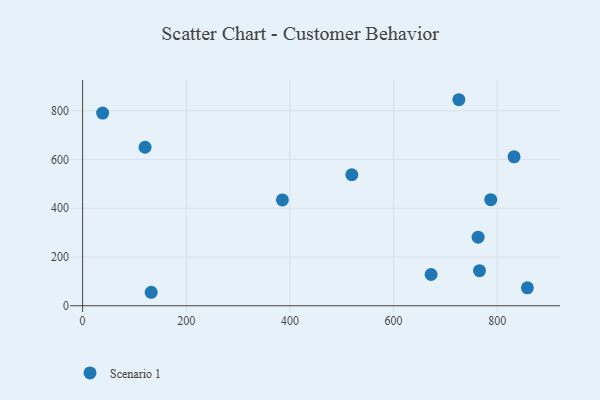
{"axis": {"x": "Ad Spend", "y": "Profit"}, "legend": ["Scenario 1"], "data": [{"x": "858.3", "y": 73.4, "type": "Scenario 1"}, {"x": "832.6", "y": 611.3, "type": "Scenario 1"}, {"x": "385.5", "y": 434.3, "type": "Scenario 1"}, {"x": "519.5", "y": 537.6, "type": "Scenario 1"}, {"x": "672.5", "y": 128.2, "type": "Scenario 1"}, {"x": "38.6", "y": 790.9, "type": "Scenario 1"}, {"x": "787.6", "y": 435.2, "type": "Scenario 1"}, {"x": "763.2", "y": 281.3, "type": "Scenario 1"}, {"x": "765.9", "y": 144.0, "type": "Scenario 1"}, {"x": "120.5", "y": 650.5, "type": "Scenario 1"}, {"x": "132.3", "y": 55.3, "type": "Scenario 1"}, {"x": "726.1", "y": 845.5, "type": "Scenario 1"}]}